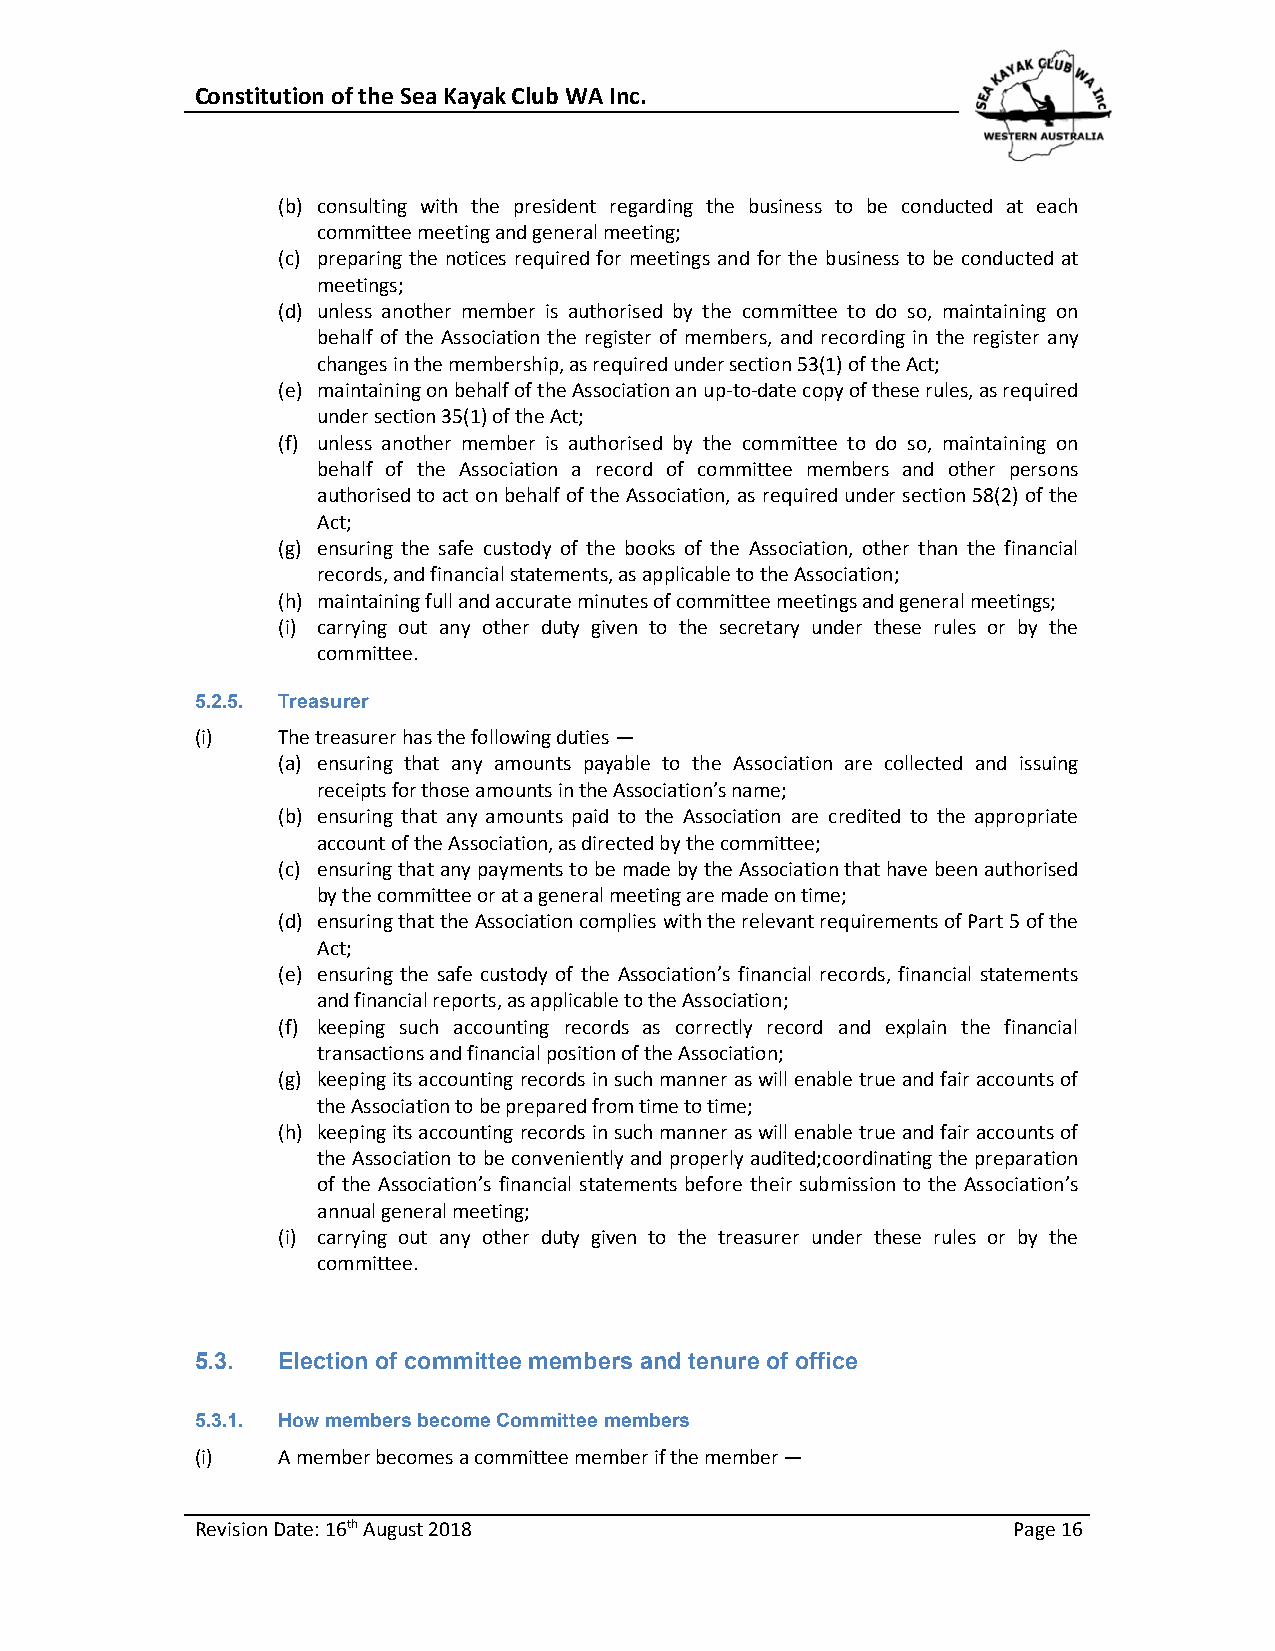
Constitution of the Sea Kayak Club WA Inc.
 (b) consulting with the president regarding the business to be conducted at each
 committee meeting and general meeting;
 (c) preparing the notices required for meetings and for the business to be conducted at
 meetings;
 (d) unless another member is authorised by the committee to do so, maintaining on
 behalf of the Association the register of members, and recording in the register any
 changes in the membership, as required under section 53(1) of the Act;
 (e) maintaining on behalf of the Association an up-to-date copy of these rules, as required
 under section 35(1) of the Act;
 (f) unless another member is authorised by the committee to do so, maintaining on
 behalf of the Association a record of committee members and other persons
 authorised to act on behalf of the Association, as required under section 58(2) of the
 Act;
 (g) ensuring the safe custody of the books of the Association, other than the financial
 records, and financial statements, as applicable to the Association;
 (h) maintaining full and accurate minutes of committee meetings and general meetings;
 (i) carrying out any other duty given to the secretary under these rules or by the
 committee.
 5.2.5. Treasurer
 (i)  The treasurer has the following duties —
 (a) ensuring that any amounts payable to the Association are collected and issuing
 receipts for those amounts in the Association’s name;
 (b) ensuring that any amounts paid to the Association are credited to the appropriate
 account of the Association, as directed by the committee;
 (c) ensuring that any payments to be made by the Association that have been authorised
 by the committee or at a general meeting are made on time;
 (d) ensuring that the Association complies with the relevant requirements of Part 5 of the
 Act;
 (e) ensuring the safe custody of the Association’s financial records, financial statements
 and financial reports, as applicable to the Association;
 (f) keeping such accounting records as correctly record and explain the financial
 transactions and financial position of the Association;
 (g) keeping its accounting records in such manner as will enable true and fair accounts of
 the Association to be prepared from time to time;
 (h) keeping its accounting records in such manner as will enable true and fair accounts of
 the Association to be conveniently and properly audited;coordinating the preparation
 of the Association’s financial statements before their submission to the Association’s
 annual general meeting;
 (i) carrying out any other duty given to the treasurer under these rules or by the
 committee.
 5.3. Election of committee members and tenure of office
 5.3.1. How members become Committee members
 (i)  A member becomes a committee member if the member —
 Revision Date: 16th August 2018                       Page 16